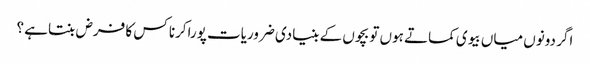
اگر دونوں میاں بیوی کماتے ہوں تو بچوں کے بنیادی ضروریات پوراکرنا کس کا فرض بنتاہے ؟